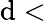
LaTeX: \mathrm{d}<